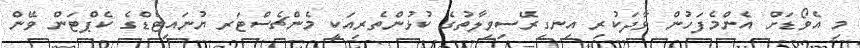
މި އެވޯޑަށް އެންމެފަހުން ވާދަކުރި އިނގިރޭސިވިލާތުގެ ކުޅުންތެރިއަކީ މެންޗެސްޓަރ ޔުނައިޓެޑްގެ ކެޕްޓަން ވޭން